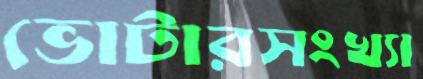
ভোটারসংখ্যা